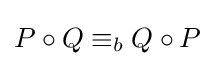
P\circ Q\equiv _{b}Q\circ P